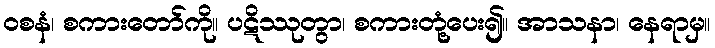
ဝစနံ၊ စကားတော်ကို။ ပဋိဿုတွာ၊ စကားတုံ့ပေး၍။ အာသနာ၊ နေရာမှ။